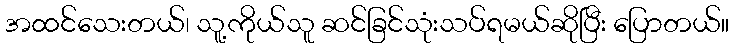
အထင်သေးတယ်၊ သူ့ကိုယ်သူ ဆင်ခြင်သုံးသပ်ရမယ်ဆိုပြီး ပြောတယ်။